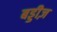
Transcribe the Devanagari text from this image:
बड्डीज़